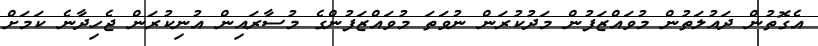
އެގޮތުން ދައުލަތުން މުވައްޒަފުން މަދުކުރަން ނުވަތަ މުވައްޒަފުންގެ މުސާރައިން އުނިކުރަން ޖެހިދާނެ ކަމަށް